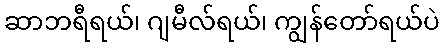
ဆာဘရီရယ်၊ ဂျမီလ်ရယ်၊ ကျွန်တော်ရယ်ပဲ